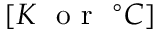
[ K \ \mathrm { ~ o ~ r ~ } \ ^ { \circ } C ]